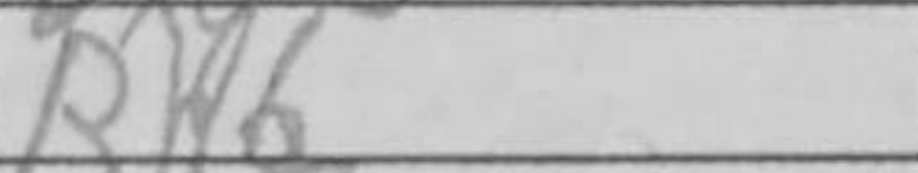
Transcription: Rh6